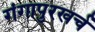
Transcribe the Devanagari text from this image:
गंगापुरखर्च